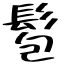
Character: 髱